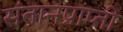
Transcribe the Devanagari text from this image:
संतानप्राप्ती